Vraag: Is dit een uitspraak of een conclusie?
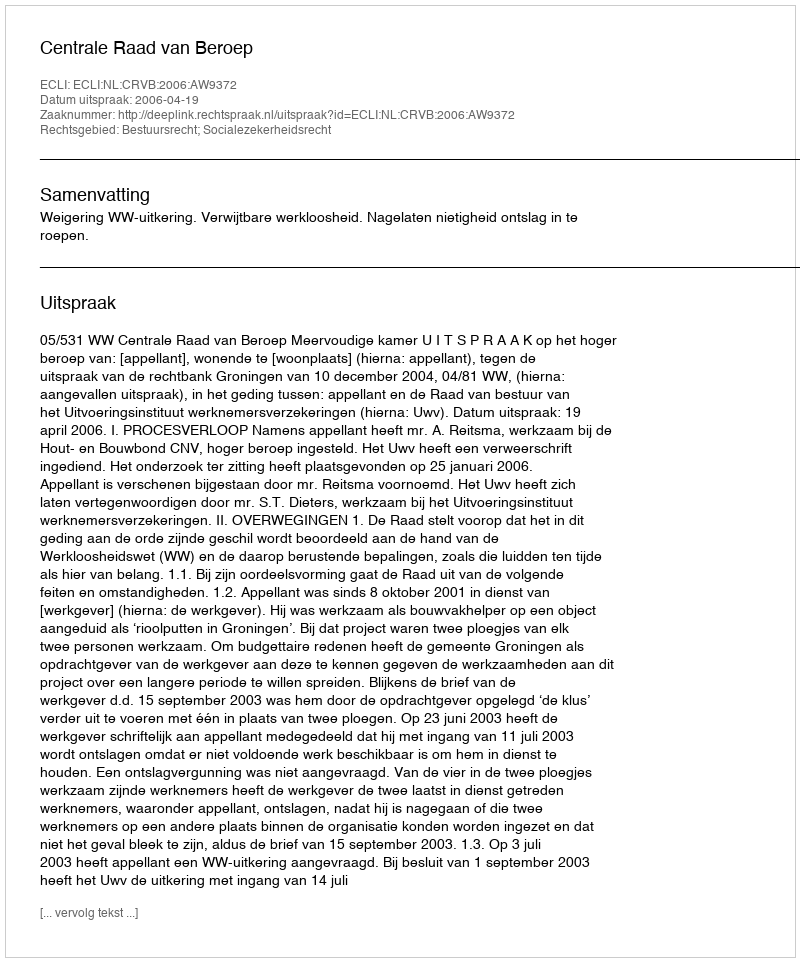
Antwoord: Uitspraak